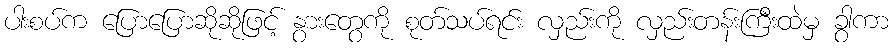
ပါးစပ်က ပြောပြောဆိုဆိုဖြင့် နွားတွေကို စုတ်သပ်ရင်း လှည်းကို လှည်းတန်းကြီးထဲမှ ခွာကာ